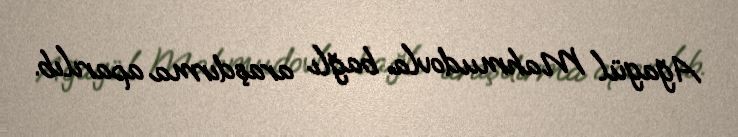
Ağagül Mahmudovla bağlı araşdırma aparılıb.